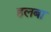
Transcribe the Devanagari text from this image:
हलबा